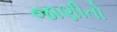
જાણીતો